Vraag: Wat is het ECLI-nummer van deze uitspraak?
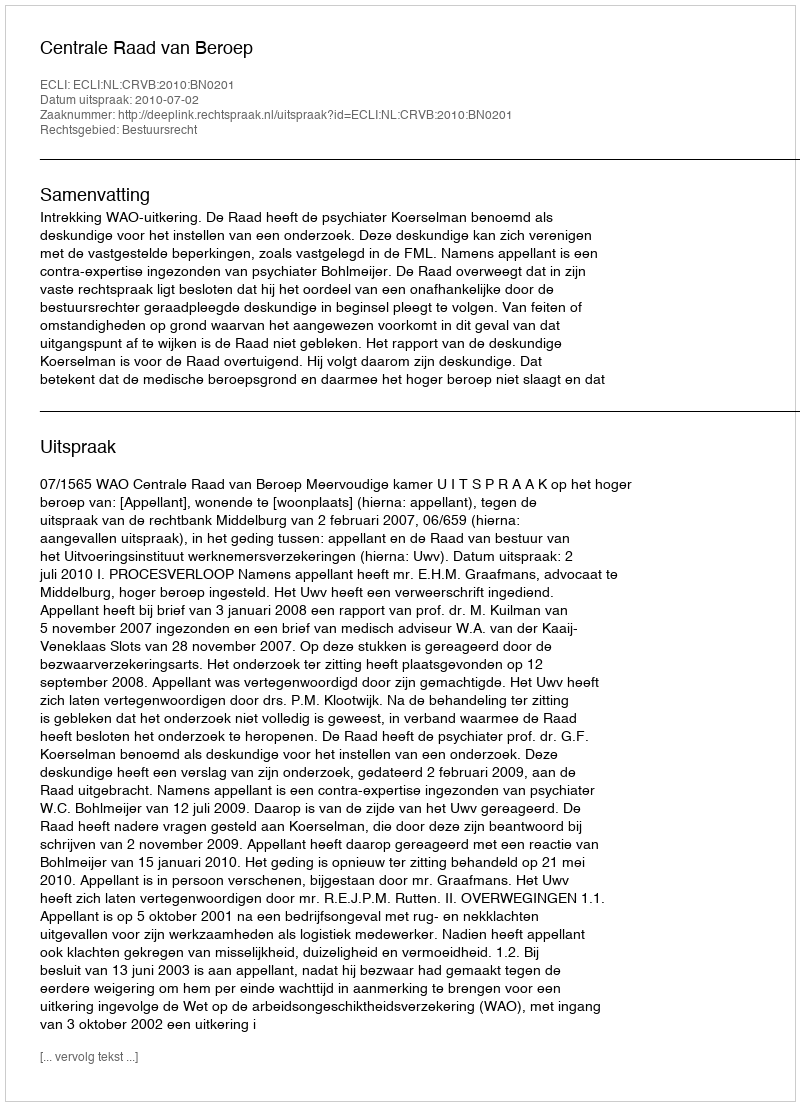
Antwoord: ECLI:NL:CRVB:2010:BN0201